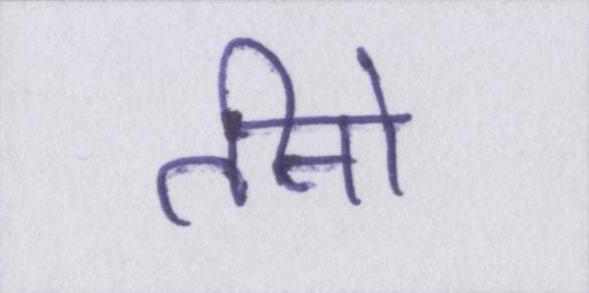
तीनो